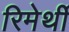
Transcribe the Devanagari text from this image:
रिमेर्थी